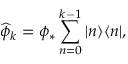
\widehat { \phi } _ { k } = \phi _ { * } \sum _ { n = 0 } ^ { k - 1 } | n \rangle \langle n | ,